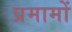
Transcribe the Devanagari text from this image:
प्रमामों